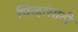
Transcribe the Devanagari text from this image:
चिन्हासाठी